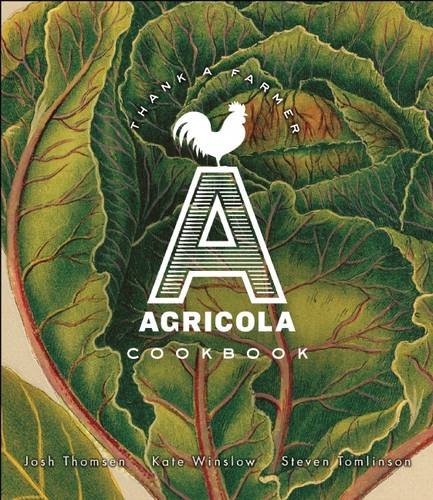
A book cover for Agricola Cookbook; Josh Thomsen; Cookbooks, Food & Wine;